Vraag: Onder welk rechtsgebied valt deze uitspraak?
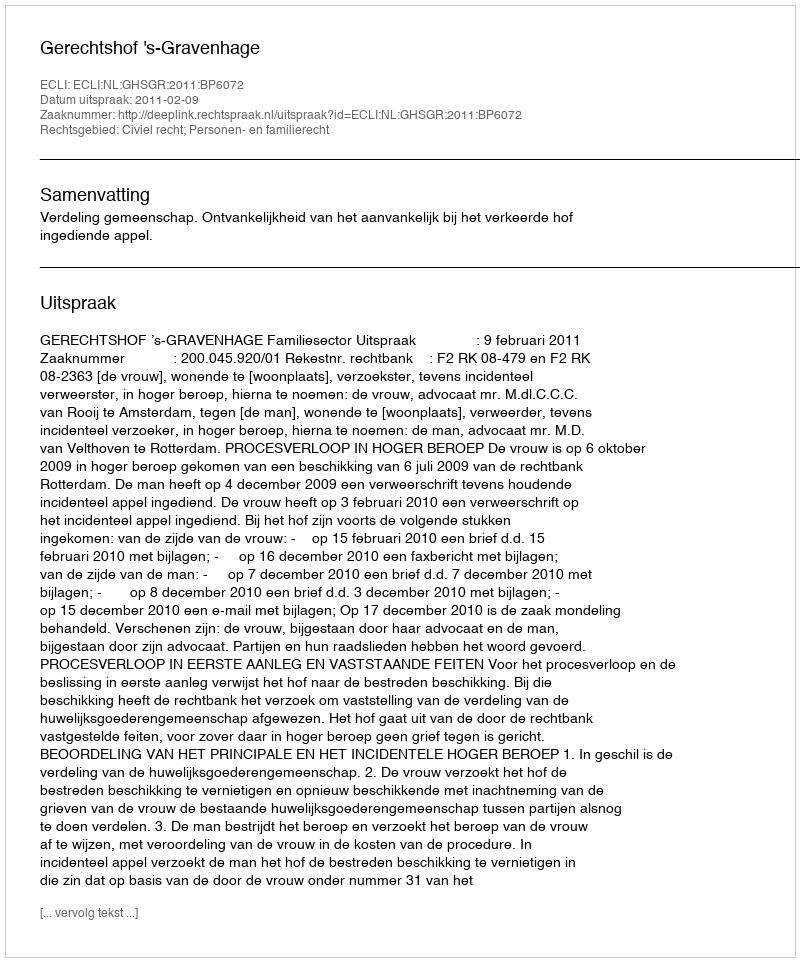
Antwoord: Civiel recht; Personen- en familierecht